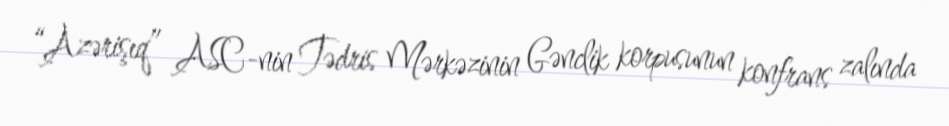
“Azərişıq” ASC-nin Tədris Mərkəzinin Gənclik korpusunun konfrans zalında